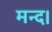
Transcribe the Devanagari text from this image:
मन्द।